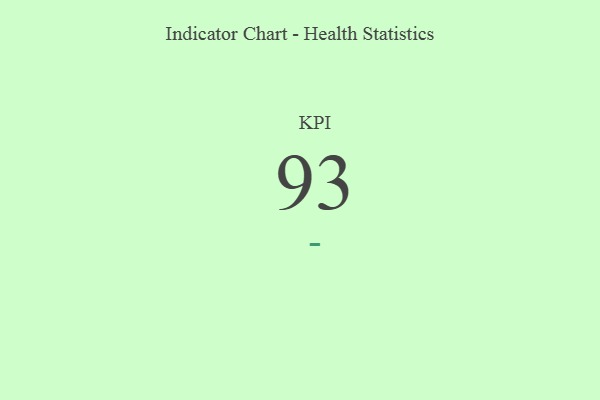
{"axis": {"x": "KPI", "y": "Value"}, "legend": [""], "data": [{"x": "KPI", "y": 93, "type": ""}]}